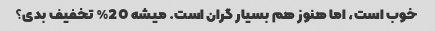
خوب است، اما هنوز هم بسیار گران است. میشه 20% تخفیف بدی؟